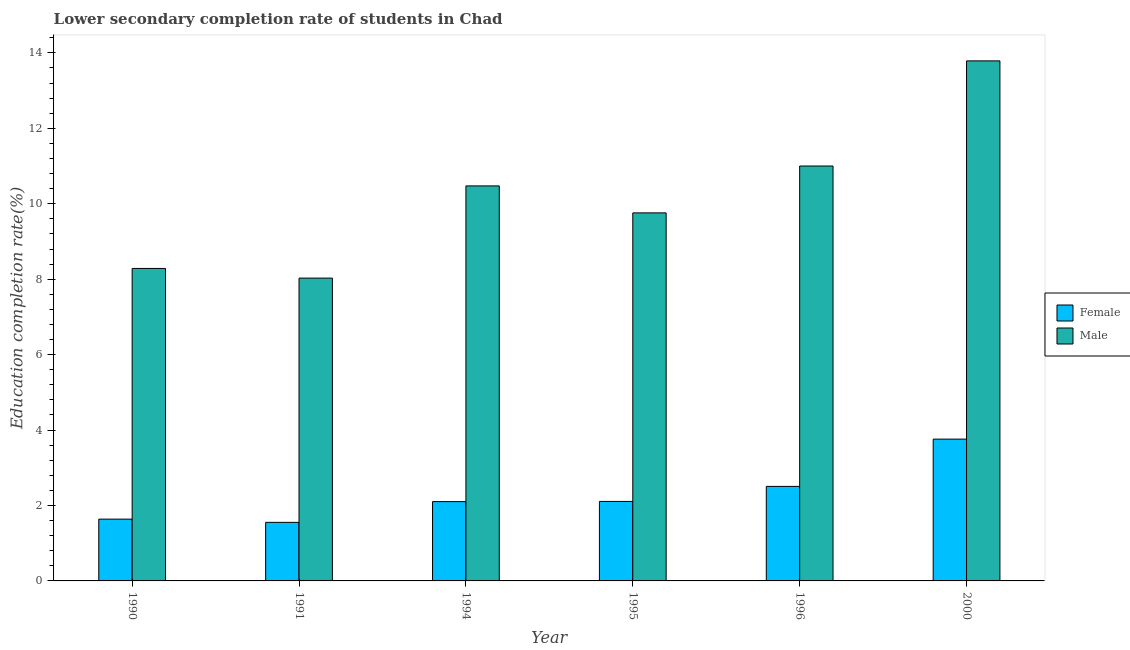
| Year | Female | Male |
 | --- | --- | --- |
 | 1990 | 1.64 | 8.28 |
 | 1991 | 1.55 | 8.03 |
 | 1994 | 2.1 | 10.5 |
 | 1995 | 2.11 | 9.76 |
 | 1996 | 2.51 | 11 |
 | 2000 | 3.76 | 13.8 |